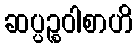
ဆပ္ပဉ္စဝါစာဟိ